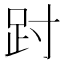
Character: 𫏀